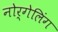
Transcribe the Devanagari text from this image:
नोर्गेलिंग